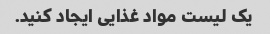
یک لیست مواد غذایی ایجاد کنید.